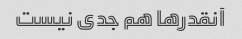
آنقدرها هم جدی نیست